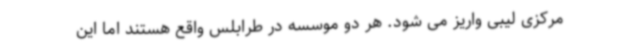
مرکزی لیبی واریز می شود. هر دو موسسه در طرابلس واقع هستند اما این